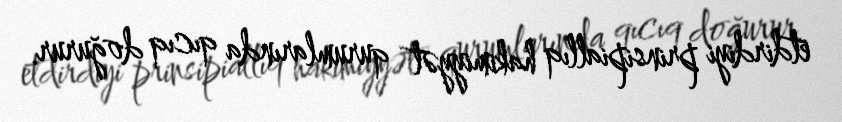
etdirdiyi prinsipiallıq hakimiyyət qurumlarında qıcıq doğurur.